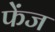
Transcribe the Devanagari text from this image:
फेंज